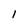
Character: 1